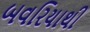
બવરિયાથી